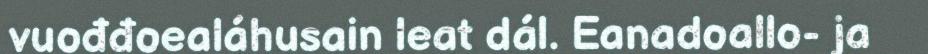
vuođđoealáhusain leat dál. Eanadoallo- ja